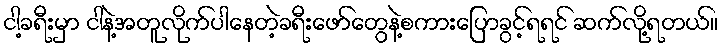
ငါ့ခရီးမှာ ငါနဲ့အတူလိုက်ပါနေတဲ့ခရီးဖော်တွေနဲ့စကားပြောခွင့်ရရင် ဆက်လို့ရတယ်။